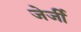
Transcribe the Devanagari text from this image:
जेर्जी